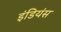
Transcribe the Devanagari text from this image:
इंडियंस